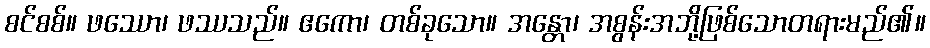
စင်စစ်။ ဖဿော၊ ဖဿသည်။ ဧကော၊ တစ်ခုသော။ အန္တော၊ အစွန်းအဘို့ဖြစ်သောတရားမည်၏။